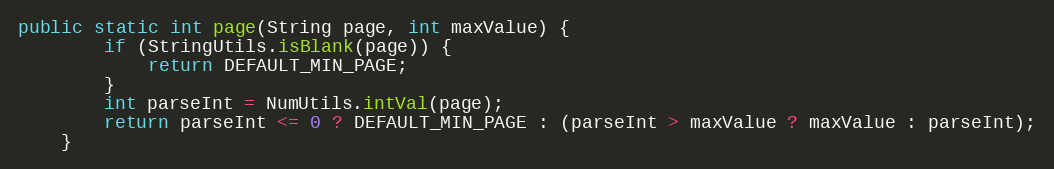
Language: Java
public static int page(String page, int maxValue) {
        if (StringUtils.isBlank(page)) {
            return DEFAULT_MIN_PAGE;
        }
        int parseInt = NumUtils.intVal(page);
        return parseInt <= 0 ? DEFAULT_MIN_PAGE : (parseInt > maxValue ? maxValue : parseInt);
    }